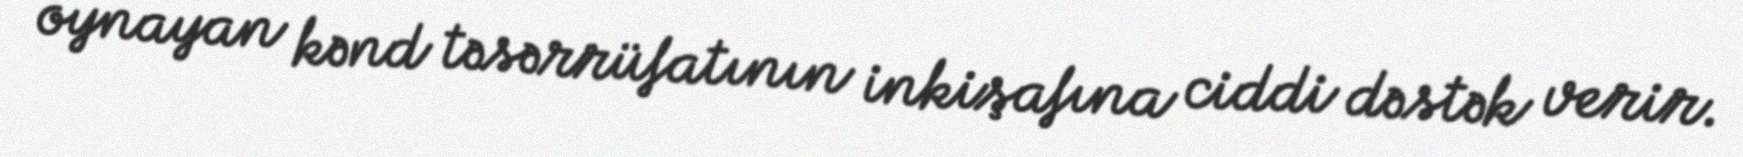
oynayan kənd təsərrüfatının inkişafına ciddi dəstək verir.